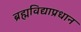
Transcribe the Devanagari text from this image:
ब्रह्मविद्याप्रधान